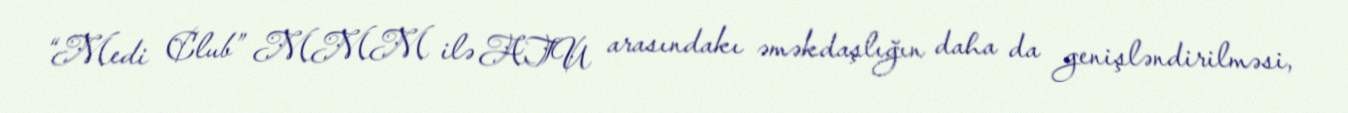
“Medi Club” MMM ilə ATU arasındakı əməkdaşlığın daha da genişləndirilməsi,